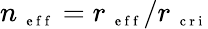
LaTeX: n_{\mathrm{~\scriptsize~e~f~f~}}=r_{\mathrm{~\scriptsize~e~f~f~}}/r_{\mathrm{~\scriptsize~c~r~i~}}